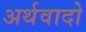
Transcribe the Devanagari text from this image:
अर्थवादो